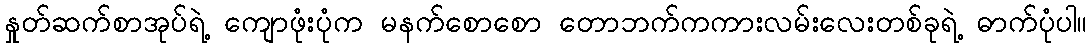
နှုတ်ဆက်စာအုပ်ရဲ့ ကျောဖုံးပုံက မနက်စောစော တောဘက်ကကားလမ်းလေးတစ်ခုရဲ့ ဓာက်ပုံပါ။